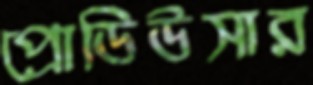
প্রোডিউসার